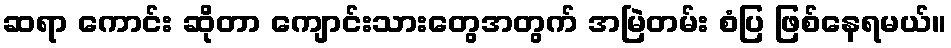
ဆရာ ကောင်း ဆိုတာ ကျောင်းသားတွေအတွက် အမြဲတမ်း စံပြ ဖြစ်နေရမယ်။